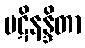
ပဋိနန္ဒိတာ